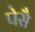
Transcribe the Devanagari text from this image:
पेसै